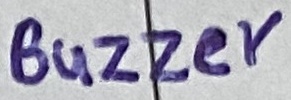
Text: Buzzer